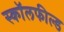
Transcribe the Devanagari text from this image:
स्कॉलफील्ड